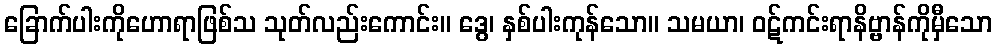
ခြောက်ပါးကိုဟောရာဖြစ်သ သုတ်လည်းကောင်း။ ဒွေ၊ နှစ်ပါးကုန်သော။ သမယာ၊ ဝဋ်ကင်းရာနိဗ္ဗာန်ကိုမှီသော